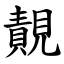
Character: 䚍